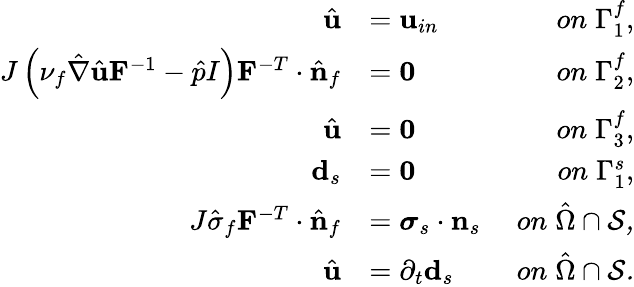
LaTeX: \begin{array}{rlr}{\hat{\mathbf{u}}}&{=\mathbf{u}_{in}\; }&{on\; \Gamma_{1}^{f},}\\ {J\left(\nu_{f}\hat{\nabla}\hat{\mathbf{u}}\mathbf{F}^{-1}-\hat{p}I\right)\mathbf{F}^{-T}\cdot\hat{\mathbf{n}}_{f}}&{=\mathbf{0}\; }&{on\; \Gamma_{2}^{f},}\\ {\hat{\mathbf{u}}}&{=\mathbf{0}\; }&{on\; \Gamma_{3}^{f},}\\ {\mathbf{d}_{s}}&{=\mathbf{0}\; }&{on\; \Gamma_{1}^{s},}\\ {J\hat{\sigma}_{f}\mathbf{F}^{-T}\cdot\hat{\mathbf{n}}_{f}}&{=\boldsymbol{\sigma}_{s}\cdot\mathbf{n}_{s}\; }&{on\; \hat{\Omega}\cap\cal S,}\\ {\hat{\mathbf{u}}}&{=\partial_{t}\mathbf{d}_{s}\; }&{on\; \hat{\Omega}\cap\cal S.}\end{array}